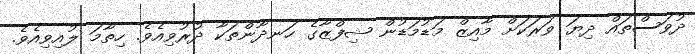
ދުވަސްތައް ދިޔަ ވަރަކަށް މާއިޒް މަޑުމަޑުން ޝިފްޒާގެ ހަނދާންތަކާ ދުރުވިއެވެ. ހިތާމަ ލުއިވިއެވެ.